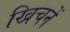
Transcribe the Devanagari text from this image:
खिचनें